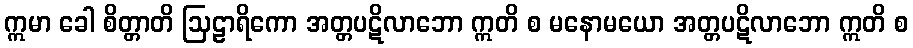
ဣမာ ခေါ စိတ္တာတိ ဩဠာရိကော အတ္တပဋိလာဘော ဣတိ စ မနောမယော အတ္တပဋိလာဘော ဣတိ စ